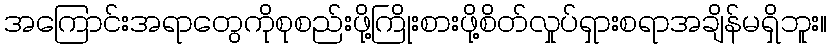
အကြောင်းအရာတွေကိုစုစည်းဖို့ကြိုးစားဖို့စိတ်လှုပ်ရှားစရာအချိန်မရှိဘူး။